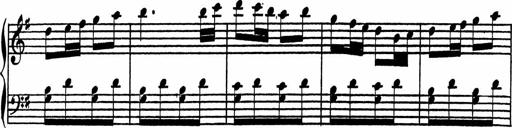
Title: 4 Piano Sonatinas
Composer: Adam Geibel